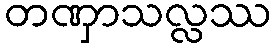
တဏှာသလ္လဿ